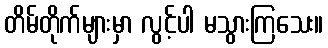
တိမ်တိုက်များမှာ လွင့်ပါ မသွားကြသေး။